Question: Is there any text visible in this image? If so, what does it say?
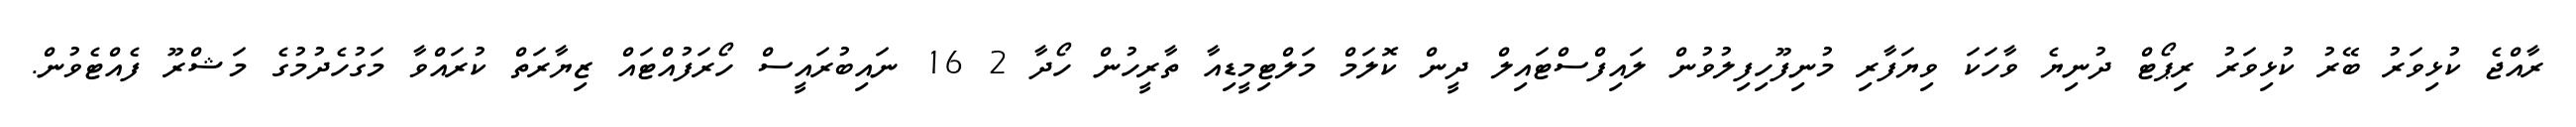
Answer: ރާއްޖެ ކުޅިވަރު ބޭރު ކުޅިވަރު ރިޕޯޓް ދުނިޔެ ވާހަކަ ވިޔަފާރި މުނިފޫހިފިލުވުން ލައިފްސްޓައިލް ދީން ކޮލަމް މަލްޓިމީޑިއާ ތާރީހުން ހޯދާ 2 16 ނައިބުރައީސް ހޯރަފުއްޓައް ޒިޔާރަތް ކުރައްވާ މަގުހެދުމުގެ މަޝްރޫ ފެއްޓެވުން.